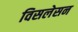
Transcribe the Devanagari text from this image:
विसलेसन